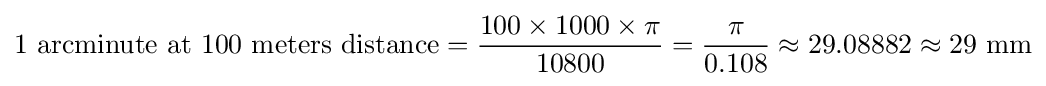
{\text{1 arcminute at 100 meters distance}}={\frac {100\times 1000\times \pi }{10800}}={\frac {\pi }{0.108}}\approx 29.08882\approx {\text{29 mm}}